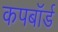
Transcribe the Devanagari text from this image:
कपबाॅर्ड